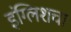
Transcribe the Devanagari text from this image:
इंग्लिशचा